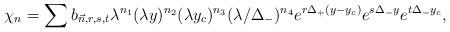
LaTeX: \begin{align*}~\chi_n = \sum b_{\vec{n}, r, s, t} \lambda^{n_1} (\lambda y)^{n_2} (\lambda y_c)^{n_3} (\lambda/\Delta_-)^{n_4} e^{r \Delta_+ (y - y_c)} e^{s \Delta_- y} e^{t \Delta_- y_c},\end{align*}